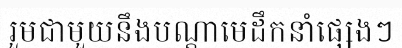
រួមជាមួយនឹងបណ្តាមេដឹកនាំផ្សេងៗ